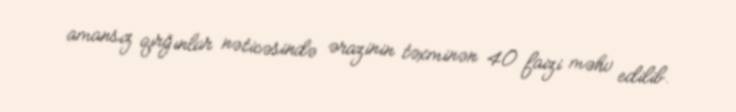
amansız qırğınlar nəticəsində ərazinin təxminən 40 faizi məhv edilib.